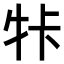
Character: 𤙐